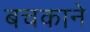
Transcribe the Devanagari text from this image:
बचकाने